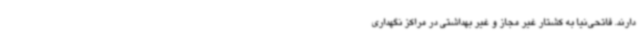
دارند. فاتحی‌نیا به کشتار غیر مجاز و غیر بهداشتی در مراکز نگهداری